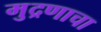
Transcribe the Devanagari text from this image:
मुद्रणाचा